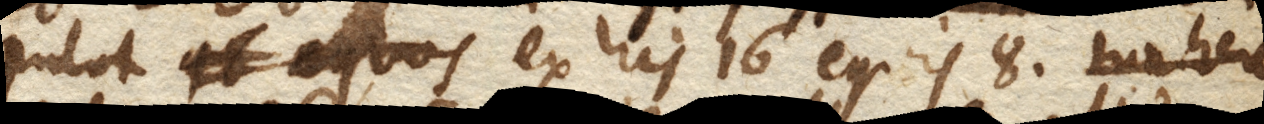
Putat ex his 16 equis 8. habere